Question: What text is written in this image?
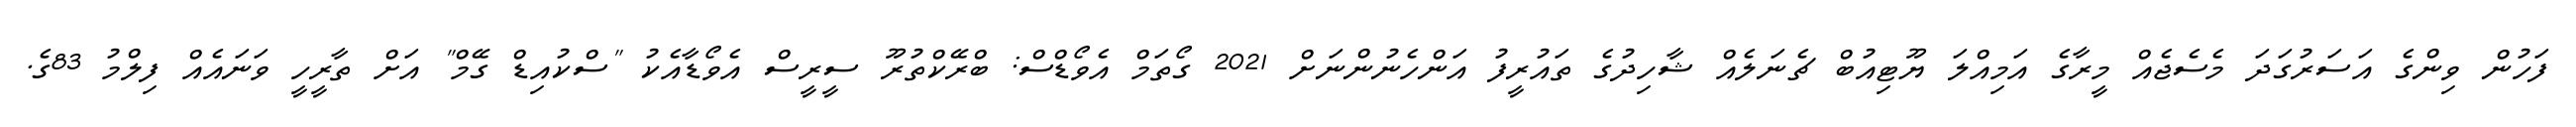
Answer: ފަހުން ވިންގެ އަސަރުގަދަ މެސެޖެއް މީރާގެ އަމިއްލަ ޔޫޓިއުބް ޗެނަލެއް ޝާހިދުގެ ތައުރީފު އަންހެނުންނަށް 2021 ގޯތަމް އެވޯޑްސް: ބްރޭކްތުރޫ ސީރީސް އެވޯޑާއެކު "ސްކުއިޑް ގޭމް" އަށް ތާރީހީ ވަނައެއް ފިލްމު 83ގެ.